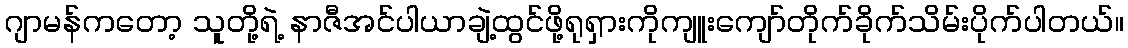
ဂျာမန်ကတော့ သူတို့ရဲ့ နာဇီအင်ပါယာချဲ့ထွင်ဖို့ရုရှားကိုကျူးကျော်တိုက်ခိုက်သိမ်းပိုက်ပါတယ်။